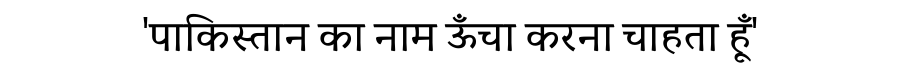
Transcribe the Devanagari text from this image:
'पाकिस्तान का नाम ऊँचा करना चाहता हूँ'